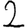
Digit: 2